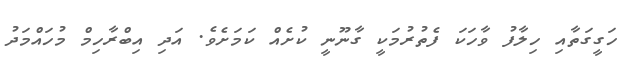
ހަގީގަތާއި ހިލާފު ވާހަކަ ފެތުރުމަކީ ގާނޫނީ ކުށެއް ކަމަށެވެ. އަދި އިބްރާހިމް މުހައްމަދު